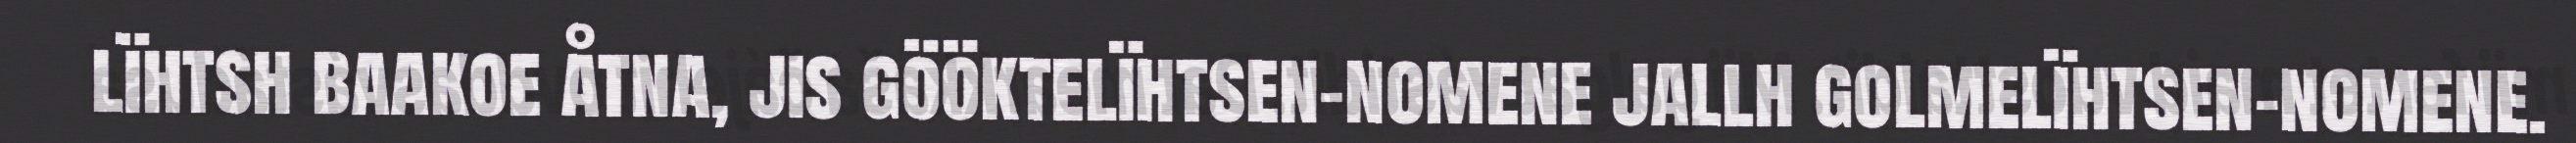
lïhtsh baakoe åtna, jis gööktelïhtsen-nomene jallh golmelïhtsen-nomene.